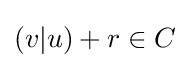
(v|u)+r\in C